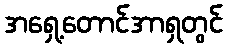
အရှေ့တောင်အာရှတွင်